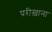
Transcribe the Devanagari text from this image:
परीख़ाना